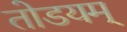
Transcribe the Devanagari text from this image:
तोडयम्